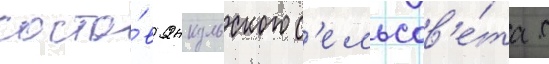
соста́в янкульского с'ельсов'е́та с